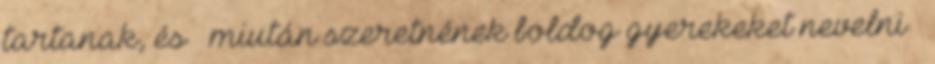
tartanak, és – miután szeretnének boldog gyerekeket nevelni –